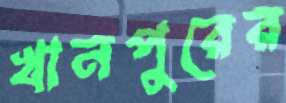
খানপুরের